Report of the Indian Hemp Drugs Commission, 1894-1895 - Volume II
Year: 1894
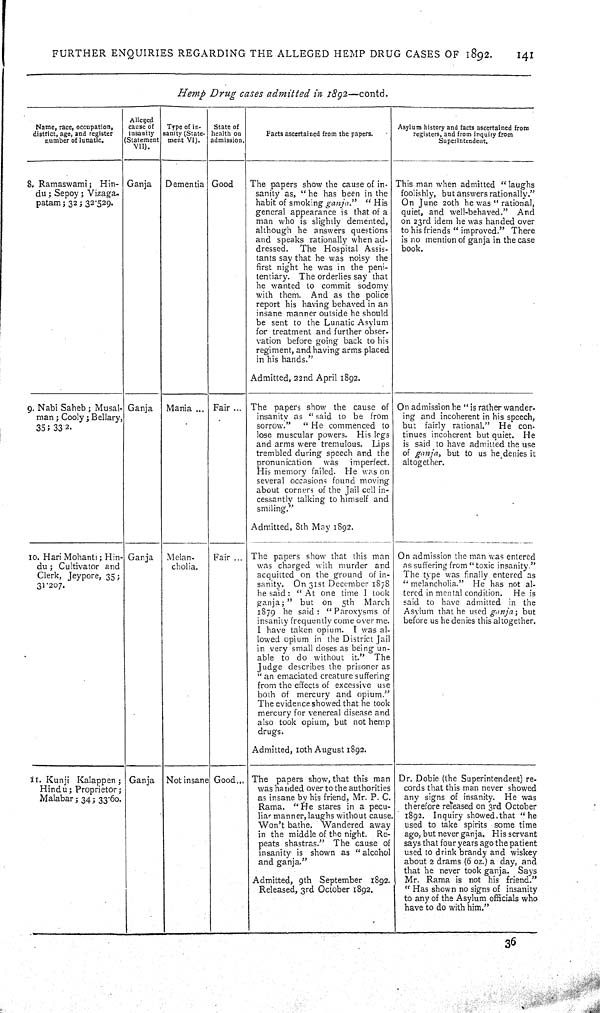
FURTHER ENQUIRIES REGARDING THE ALLEGED HEMP DRUG CASES OF 1892.
141
Hemp Drug cases admitted in 1892—contd.
Name, race, occupation,
district, age, and register
number of lunatic.
Alleged
cause of
insanity
(Statement
VII).
Type of in-
sanity (State-
ment VI).
State of
health on
admission.
Facts ascertained from the papers.
Asylum history and facts ascertained from
registers, and from inquiry from
Superintendent.
8. Ramaswami; Hin-
du; Sepoy; Vizaga-
patam; 32; 32.529.
Ganja
Dementia Good
The papers show the cause of in-
sanity as, "he has been in the
habit of smoking ganja."
"His
general appearance is that of a
man who is slightly demented,
although he answers questions
and speaks rationally when ad-
dressed.
The Hospital Assis-
tants say that he was noisy the
first night he was in the peni-
tentiary. The orderlies say that
he wanted to commit sodomy
with them. And as the police
report his having behaved in an
insane manner outside he should
be sent to the Lunatic Asylum
for treatment and further obser-
vation before going back to his
regiment, and having arms placed
in his hands."
Admitted, 22nd April 1892.
This man when admitted "laughs
foolishly, but answers rationally."
On June 20th he was "rational,
quiet, and well-behaved." And
on 23rd idem he was handed over
to his friends "improved." There
is no mention of ganja in the case
book.
9. Nabi Saheb; Musal-
man; Cooly; Bellary,
35; 33 2.
Ganja
Mania
Fair
The papers show the cause of
insanity as "said to be from
sorrow."
"He commenced to
lose muscular powers. His legs
and arms were tremulous. Lips
trembled during speech and the
pronunication
was
imperfect.
His memory failed. He was on
several occasions found moving
about corners of the Jail cell in-
cessantly talking to himself and
smiling."
Admitted, 8th May 1892.
On admission he "is rather wander-
ing and incoherent in his speech,
but fairly rational." He con-
tinues incoherent but quiet. He
is said to have admitted the use
of ganja, but to us he denies it
altogether.
10. Hari Mohanti; Hin-
du; Cultivator and
Clerk, Jeypore, 35;
31.207.
Ganja
Melan-
cholia.
Fair
The papers show that this man
was charged with murder and
acquitted on the ground of in-
sanity. On 31st December 1878
he said: "At one time I look
ganja;" but on 5th
March
1879 he said: "Paroxysms of
insanity frequently come over me.
I have taken opium. I was al-
lowed opium in the District Jail
in very small doses as being un-
able to do without it."
The
Judge describes the prisoner as
"an emaciated creature suffering
from the effects of excessive use
both of mercury and opium."
The evidence showed that he took
mercury for venereal disease and
also took opium, but not hemp
drugs.
Admitted, 10th August 1892.
On admission the man was entered
as suffering from "toxic insanity."
The type was finally entered as
"melancholia." He has not al-
tered in mental condition. He is
said to have admitted in the
Asylum that he used ganja;
but
before us he denies this altogether.
11. Kunji Kalappen;
Hindu; Proprietor;
Malabar; 34; 33.60.
Ganja
Not insane Good
The papers show, that this man
was handed over to the authorities
as insane by his friend, Mr. P. C.
Rama. "He stares in a pecu-
liar manner, laughs without cause.
Won't bathe. Wandered away
in the middle of the night.
Re-
peats shastras." The cause of
insanity is shown as "alcohol
and ganja."
Admitted, 9th September 1892.
Released, 3rd October 1892.
Dr. Dobie (the Superintendent) re-
cords that this man never showed
any signs of insanity. He was
therefore released on 3rd October
1892. Inquiry showed that "he
used to take spirits some time
ago, but never ganja. His servant
says that four years ago the patient
used to drink brandy and wiskey
about 2 drams (6 oz.) a day, and
that he never took ganja. Says
Mr. Rama is not his friend."
"Has shown no signs of insanity
to any of the Asylum officials who
have to do with him."
36